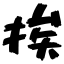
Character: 挨